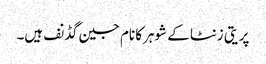
پریتی زنٹا کے شوہرکا نام جین گڈنف ہیں۔